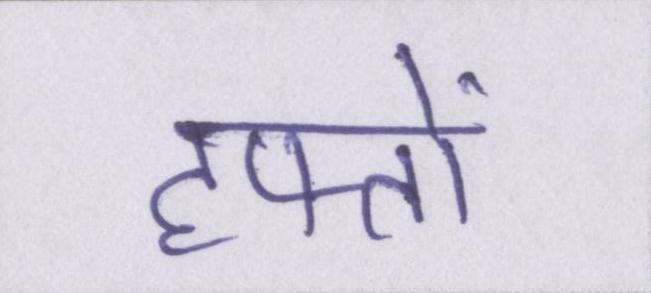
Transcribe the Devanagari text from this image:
हफ्तों